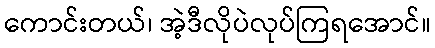
ကောင်းတယ်၊ အဲ့ဒီလိုပဲလုပ်ကြရအောင်။